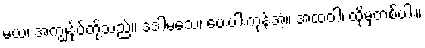
မယံ၊ အကျွန်ုပ်တို့သည်။ ဒဒါမသေ၊ ပေးပါးကုန်အံ့။ အထဝါ၊ ထိုမှတစ်ပါး။